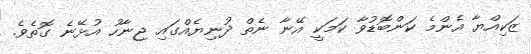
ޒަކިއްޔާ އެންމެ ކަންބޮޑުވާ ކަމަކީ އޭނާ ނެތް ދުނިޔެއްގައި ޖިނާހު އުޅޭނެ ގޮތެވެ.